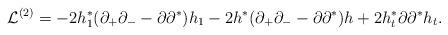
LaTeX: \begin{align*}{\cal L}^{(2)} =- 2 h^*_1 (\partial_+ \partial_- - \partial \partial^* ) h_1 - 2 h^* (\partial_+ \partial_- - \partial \partial^* ) h + 2 h^*_t \partial \partial^* h_t.\end{align*}